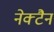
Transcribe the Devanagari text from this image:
नेक्टैन